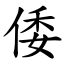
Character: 倭